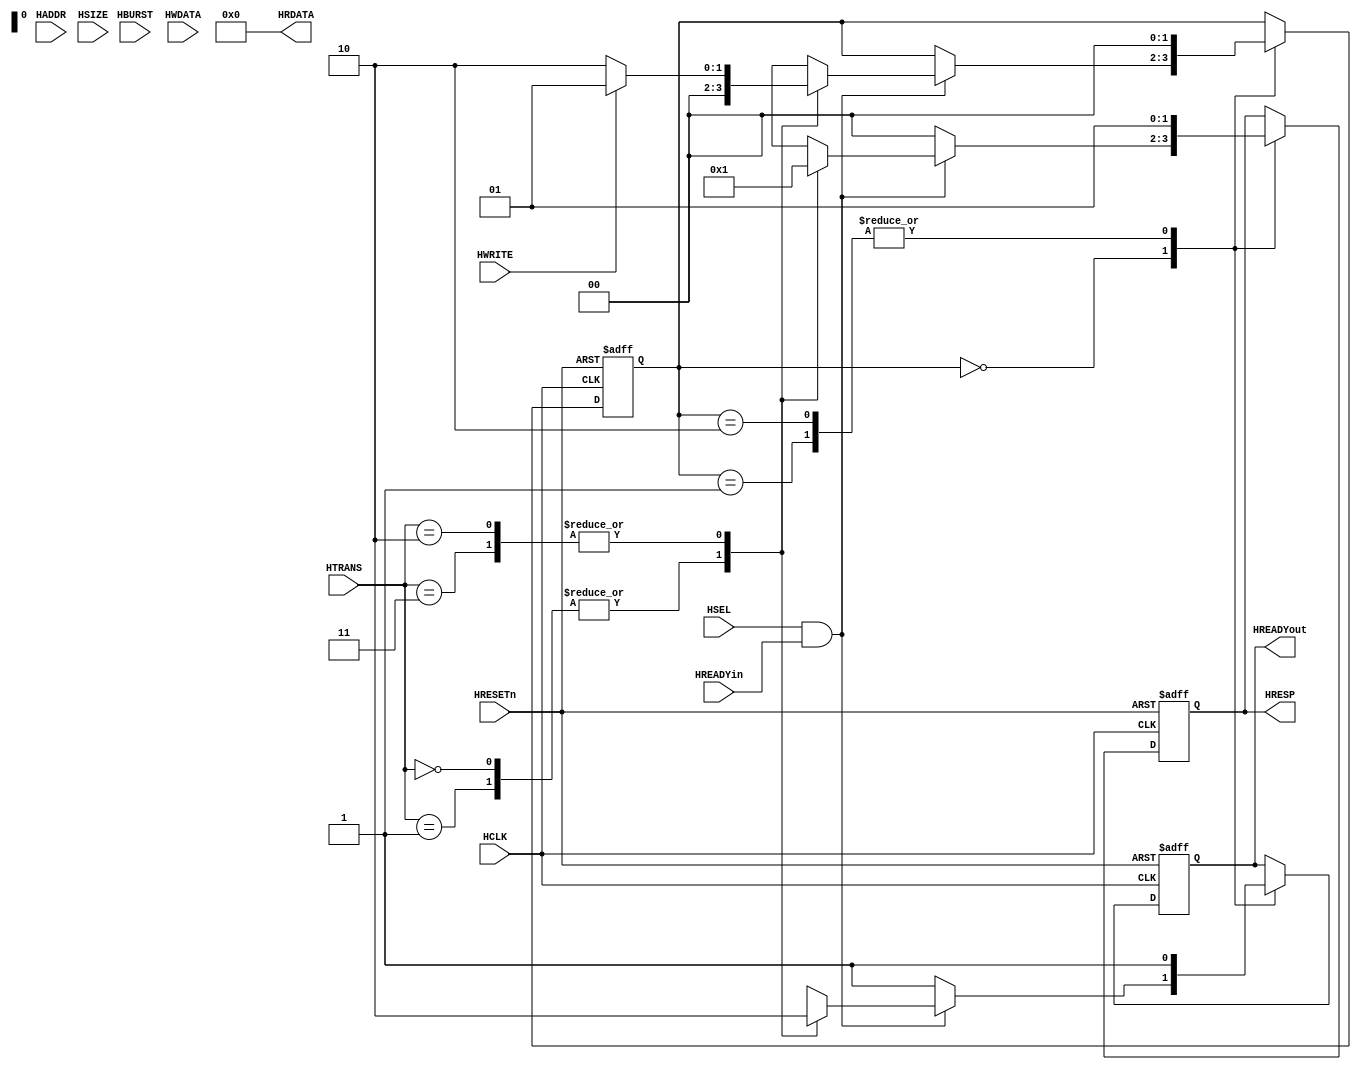
module ahb_slave (
       input   wire         HRESETn,
       input   wire         HCLK,
       input   wire         HSEL,
       input   wire  [31:0] HADDR,
       input   wire  [ 1:0] HTRANS,
       input   wire         HWRITE,
       input   wire  [ 2:0] HSIZE,
       input   wire  [ 2:0] HBURST,
       input   wire  [31:0] HWDATA,
       output  wire  [31:0] HRDATA,
       output  reg   [ 1:0] HRESP,
       input   wire         HREADYin,
       output  reg          HREADYout
);
   /*********************************************************/
   assign HRDATA = 32'h0;
   /*********************************************************/
       reg [1:0] state;
       localparam STH_IDLE   = 2'h0,
                  STH_WRITE  = 2'h1,
                  STH_READ0  = 2'h2;
   /*********************************************************/
   always @ (posedge HCLK or negedge HRESETn) begin
       if (HRESETn==0) begin
           HRESP     <= 2'b00; //`HRESP_OKAY;
           HREADYout <= 1'b1;
           state     <= STH_IDLE;
       end else begin // if (HRESETn==0) begin
           case (state)
           STH_IDLE: begin
                if (HSEL && HREADYin) begin
                   case (HTRANS)
                   //`HTRANS_IDLE, `HTRANS_BUSY: begin
                   2'b00, 2'b01: begin
                          HREADYout <= 1'b1;
                          HRESP     <= 2'b00; //`HRESP_OKAY;
                          state     <= STH_IDLE;
                    end // HTRANS_IDLE or HTRANS_BUSY
                   //`HTRANS_NONSEQ, `HTRANS_SEQ: begin
                   2'b10, 2'b11: begin
                          HREADYout <= 1'b0;
                          HRESP     <= 2'b01; //`HRESP_ERROR;
                          if (HWRITE) begin
                              state <= STH_WRITE;
                          end else begin
                              state <= STH_READ0;
                          end
                    end // HTRANS_NONSEQ or HTRANS_SEQ
                   endcase // HTRANS
                end else begin// if (HSEL && HREADYin)
                    HREADYout <= 1'b1;
                    HRESP     <= 2'b00; //`HRESP_OKAY;
                end
                end // STH_IDLE
           STH_WRITE: begin
                     HREADYout <= 1'b1;
                     HRESP     <= 2'b01; //`HRESP_ERROR;
                     state     <= STH_IDLE;
                end // STH_WRITE
           STH_READ0: begin
                    HREADYout <= 1'b1;
                    HRESP     <= 2'b01; //`HRESP_ERROR;
                    state     <= STH_IDLE;
                end // STH_READ0
           endcase // state
       end // if (HRESETn==0)
   end // always

endmodule